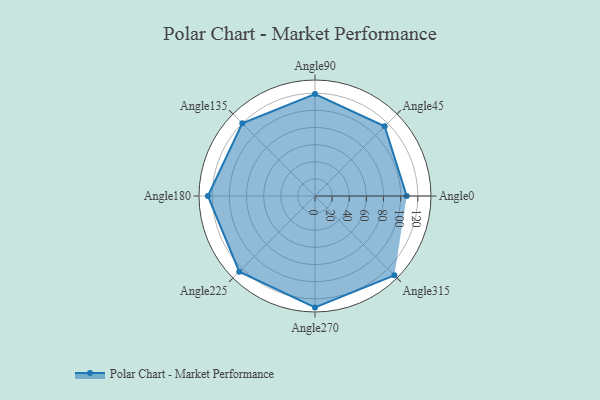
{"axis": {"x": "Angle", "y": "Radius"}, "legend": [""], "data": [{"x": "Angle0", "y": 107.0, "type": ""}, {"x": "Angle45", "y": 115.0, "type": ""}, {"x": "Angle90", "y": 119.0, "type": ""}, {"x": "Angle135", "y": 120.0, "type": ""}, {"x": "Angle180", "y": 125.0, "type": ""}, {"x": "Angle225", "y": 125.0, "type": ""}, {"x": "Angle270", "y": 130.0, "type": ""}, {"x": "Angle315", "y": 131.0, "type": ""}]}